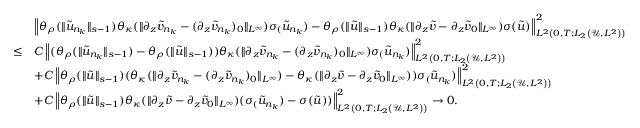
\begin{array} { r l } & { \left\| \theta _ { \rho } ( \| \tilde { u } _ { n _ { k } } \| _ { s - 1 } ) \theta _ { \kappa } ( \| \partial _ { z } \tilde { v } _ { n _ { k } } - ( \partial _ { z } \tilde { v } _ { n _ { k } } ) _ { 0 } \| _ { L ^ { \infty } } ) \sigma _ ( \tilde { u } _ { n _ { k } } ) - \theta _ { \rho } ( \| \tilde { u } \| _ { s - 1 } ) \theta _ { \kappa } ( \| \partial _ { z } \tilde { v } - \partial _ { z } \tilde { v } _ { 0 } \| _ { L ^ { \infty } } ) \sigma ( \tilde { u } ) \right\| _ { L ^ { 2 } \left( 0 , T ; L _ { 2 } \left( \mathscr { U } , L ^ { 2 } \right) \right) } ^ { 2 } } \\ { \leq } & { C \left\| ( \theta _ { \rho } ( \| \tilde { u } _ { n _ { k } } \| _ { s - 1 } ) - \theta _ { \rho } ( \| \tilde { u } \| _ { s - 1 } ) ) \theta _ { \kappa } ( \| \partial _ { z } \tilde { v } _ { n _ { k } } - ( \partial _ { z } \tilde { v } _ { n _ { k } } ) _ { 0 } \| _ { L ^ { \infty } } ) \sigma _ ( \tilde { u } _ { n _ { k } } ) \right\| _ { L ^ { 2 } \left( 0 , T ; L _ { 2 } \left( \mathscr { U } , L ^ { 2 } \right) \right) } ^ { 2 } } \\ & { + C \left\| \theta _ { \rho } ( \| \tilde { u } \| _ { s - 1 } ) ( \theta _ { \kappa } ( \| \partial _ { z } \tilde { v } _ { n _ { k } } - ( \partial _ { z } \tilde { v } _ { n _ { k } } ) _ { 0 } \| _ { L ^ { \infty } } ) - \theta _ { \kappa } ( \| \partial _ { z } \tilde { v } - \partial _ { z } \tilde { v } _ { 0 } \| _ { L ^ { \infty } } ) ) \sigma _ ( \tilde { u } _ { n _ { k } } ) \right\| _ { L ^ { 2 } \left( 0 , T ; L _ { 2 } \left( \mathscr { U } , L ^ { 2 } \right) \right) } ^ { 2 } } \\ & { + C \left\| \theta _ { \rho } ( \| \tilde { u } \| _ { s - 1 } ) \theta _ { \kappa } ( \| \partial _ { z } \tilde { v } - \partial _ { z } \tilde { v } _ { 0 } \| _ { L ^ { \infty } } ) ( \sigma _ ( \tilde { u } _ { n _ { k } } ) - \sigma ( \tilde { u } ) ) \right\| _ { L ^ { 2 } \left( 0 , T ; L _ { 2 } \left( \mathscr { U } , L ^ { 2 } \right) \right) } ^ { 2 } \to 0 . } \end{array}